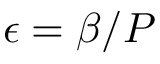
\epsilon = \beta / P